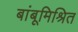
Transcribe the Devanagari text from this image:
बांबूमिश्रित